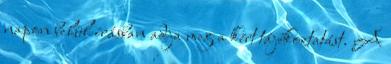
napon belül írásban adja meg a kért tájékoztatást. A